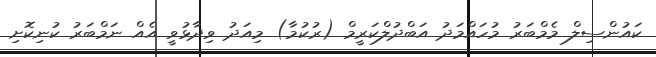
ކައުންސިލް މެމްބަރު މުހައްމަދު އަބްދުލްކަރީމް (ރުކުމާ) މިއަދު ވިދާޅުވީ އެއް ނަމްބަރު ކުނިކޮށި